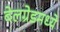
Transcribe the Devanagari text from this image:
बेलग्रेडमध्ये